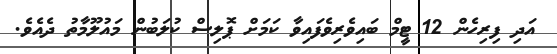
އަދި ފިރިހެން 12 ޓީމް ބައިވެރިވެފައިވާ ކަމަށް ޕޮލިސް ކުލަބުން މައުލޫމާތު ދެއެވެ.